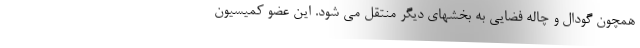
همچون گودال و چاله فضایی به بخشهای دیگر منتقل می شود. این عضو کمیسیون